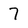
Character: 7